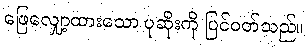
ဖြေလျှော့ထားသော ပုဆိုးကို ပြင်ဝတ်သည်။